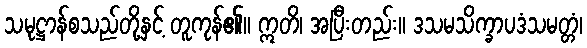
သမုဋ္ဌာန်စသည်တို့နှင့် တူကုန်၏။ ဣတိ၊ အပြီးတည်း။ ဒသမသိက္ခာပဒံသမတ္တံ၊